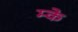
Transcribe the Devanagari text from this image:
म्के